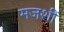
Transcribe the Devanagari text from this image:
मजशीं